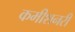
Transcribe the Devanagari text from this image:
कमीशनरी